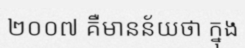
២០០៧ គឺមានន័យថា ក្នុង